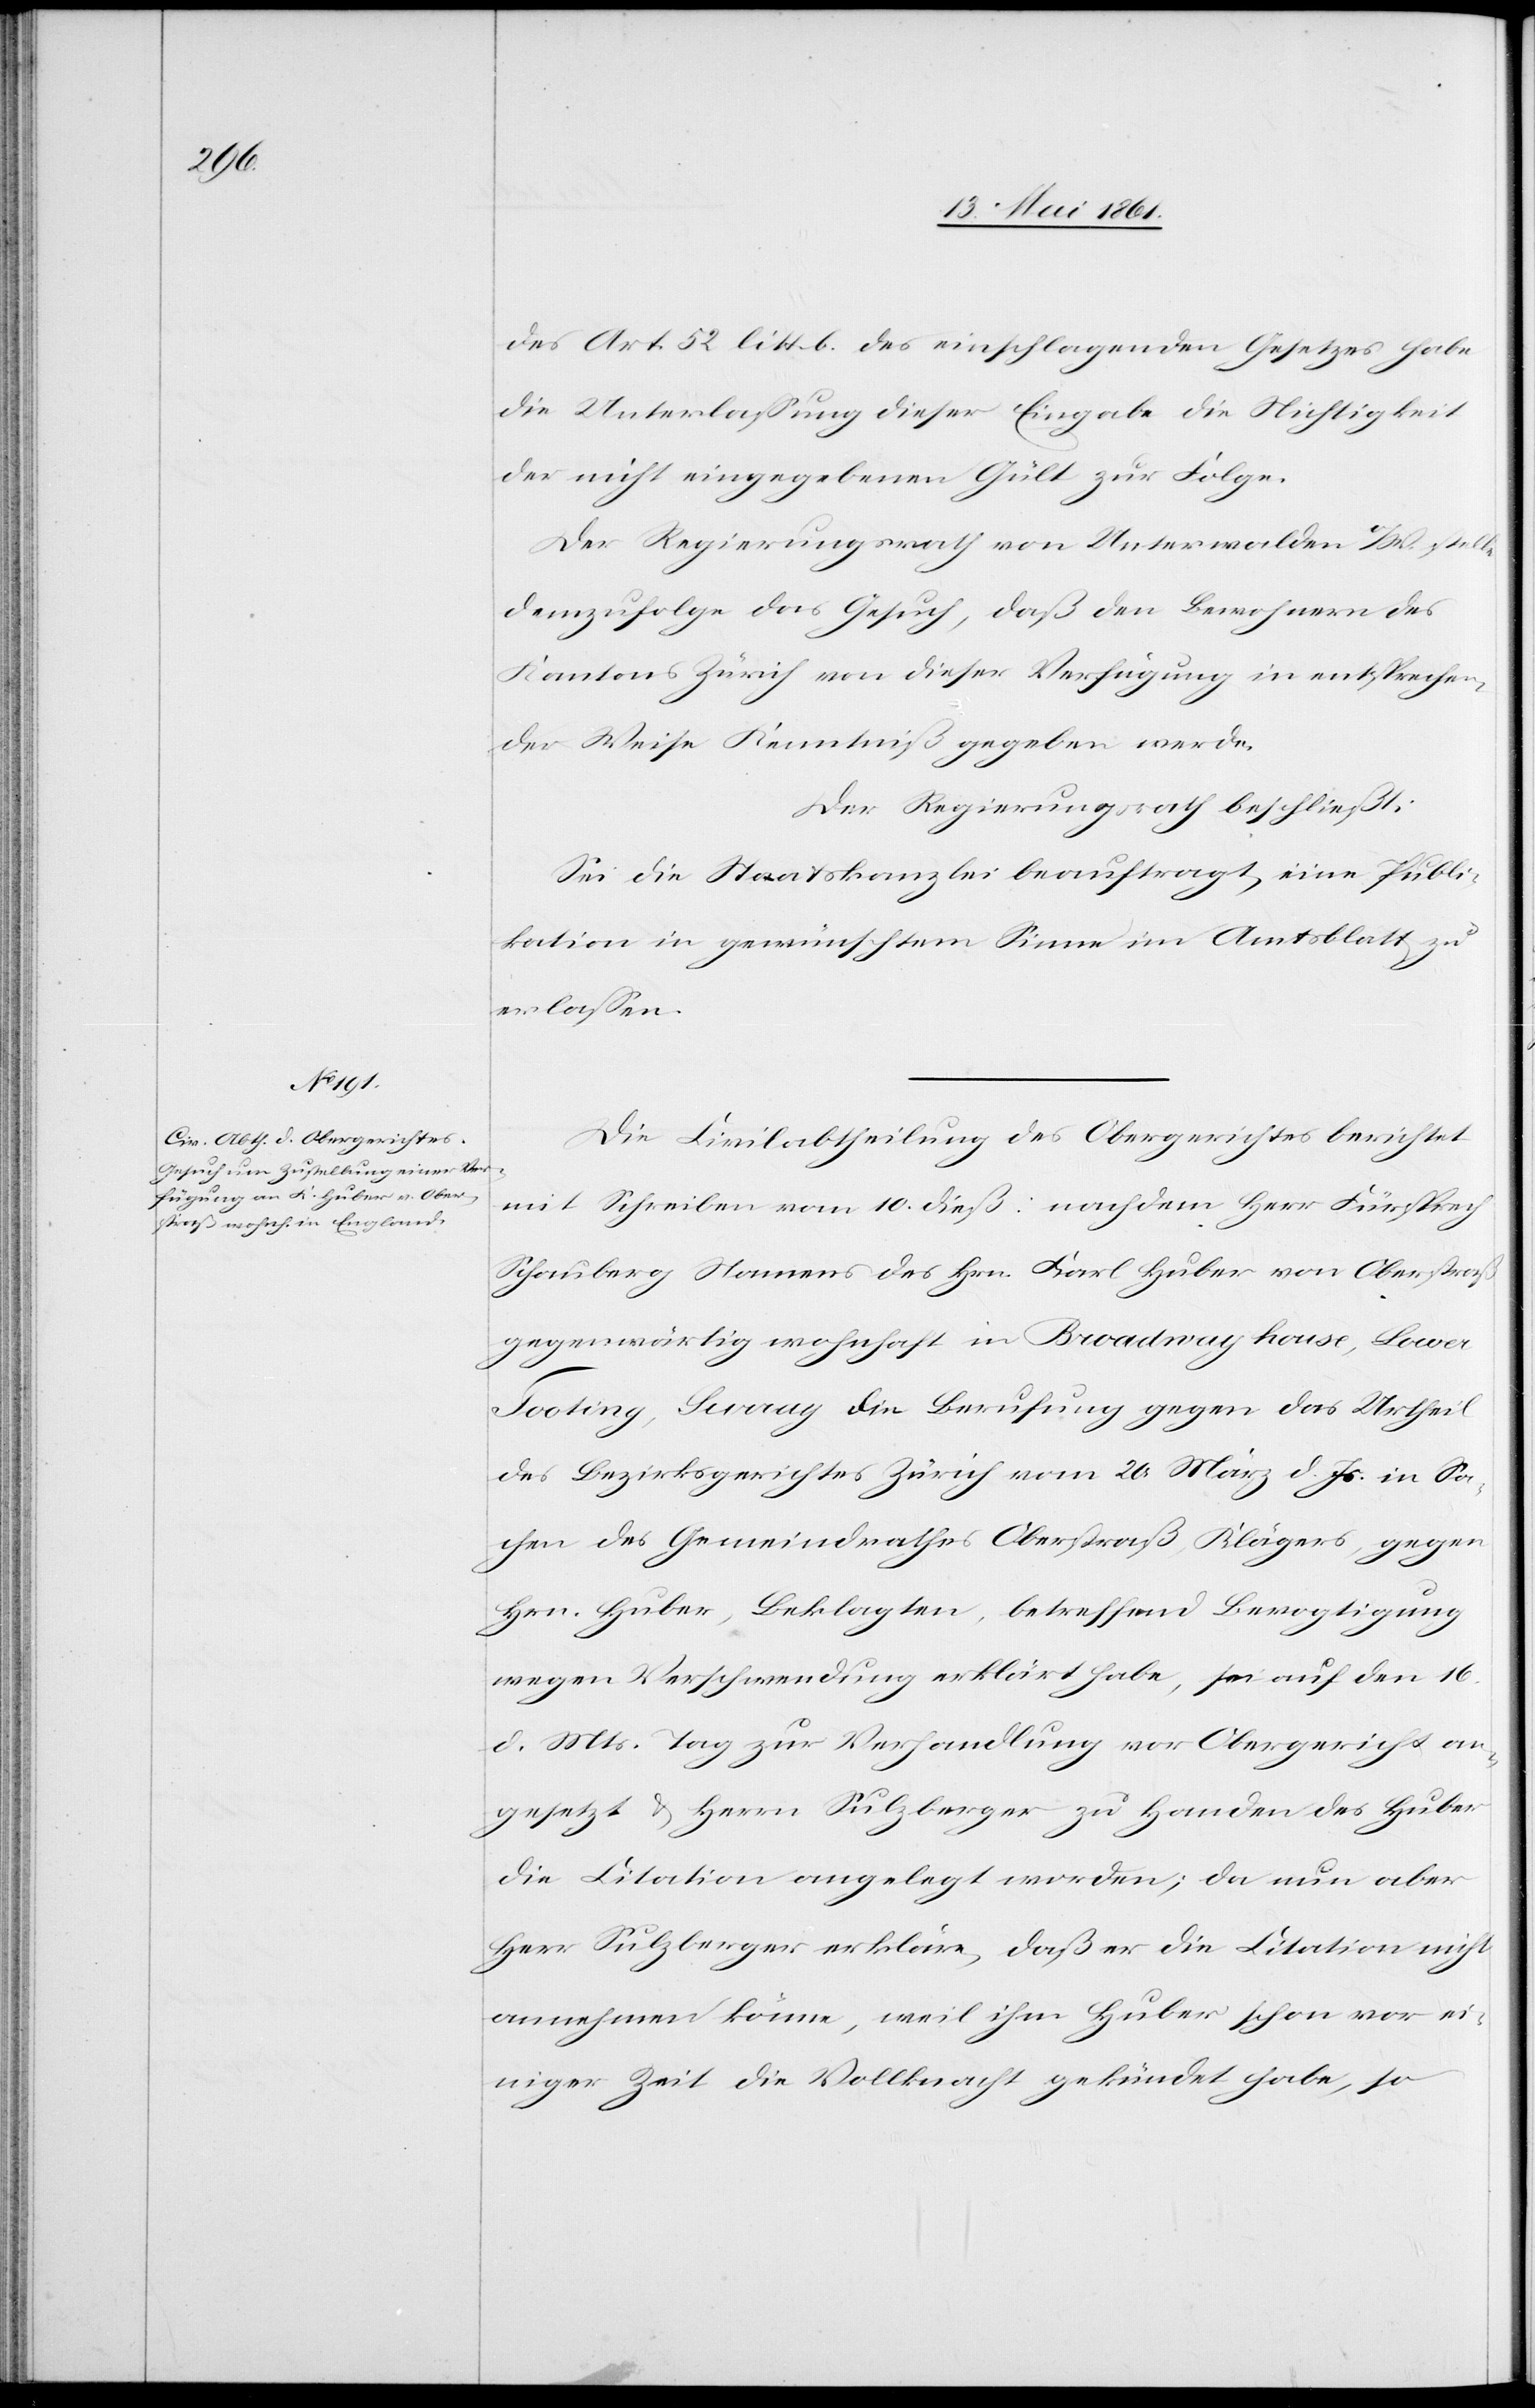
des Art. 52 litt. b des einschlagenden Gesetzes habe
die Unterlassung dieser Eingabe die Nichtigkeit
der nicht eingegebenen Gült zur Folge.
Der Regierungsrath von Unterwalden o/W. stellte
demzufolge das Gesuch, daß den Bewohnern des
Kantons Zürich von dieser Verfügung in entsprechen¬
der Weise Kenntniß gegeben werde.
Der Regierungsrath beschließt:
Sei die Staatskanzlei beauftragt, eine Publi¬
kation in gewünschtem Sinne im Amtsblatt zu
erlassen.
Die Civilabtheilung des Obergerichtes berichtet
mit Schreiben vom 10. dieß: nachdem Herr Fürsprech
Schauberg Namens des Hrn. Karl Huber von Oberstraße
gegenwärtig wohnhaft in Broadway house, Lower
Tooting, Surray die Berufung gegen das Urtheil
des Bezirksgerichtes Zürich vom 20. März d. Js. in Sa¬
chen des Gemeindrathes Oberstraße Klägers, gegen
Hrn. Huber, Beklagten, betreffend Bevogtigung
wegen Verschwendung erklärt habe, sei auf den 16.
d. Mts. Tag zur Verhandlung vor Obergericht an¬
gesetzt u. Herrn Sulzberger zu Handen des Huber
die Citation angelegt worden; da nun aber
Herr Sulzberger erkläre, daß er die Citation nicht
annehmen könne, weil ihm Huber schon vor ei¬
niger Zeit die Vollmacht gekündet habe, so